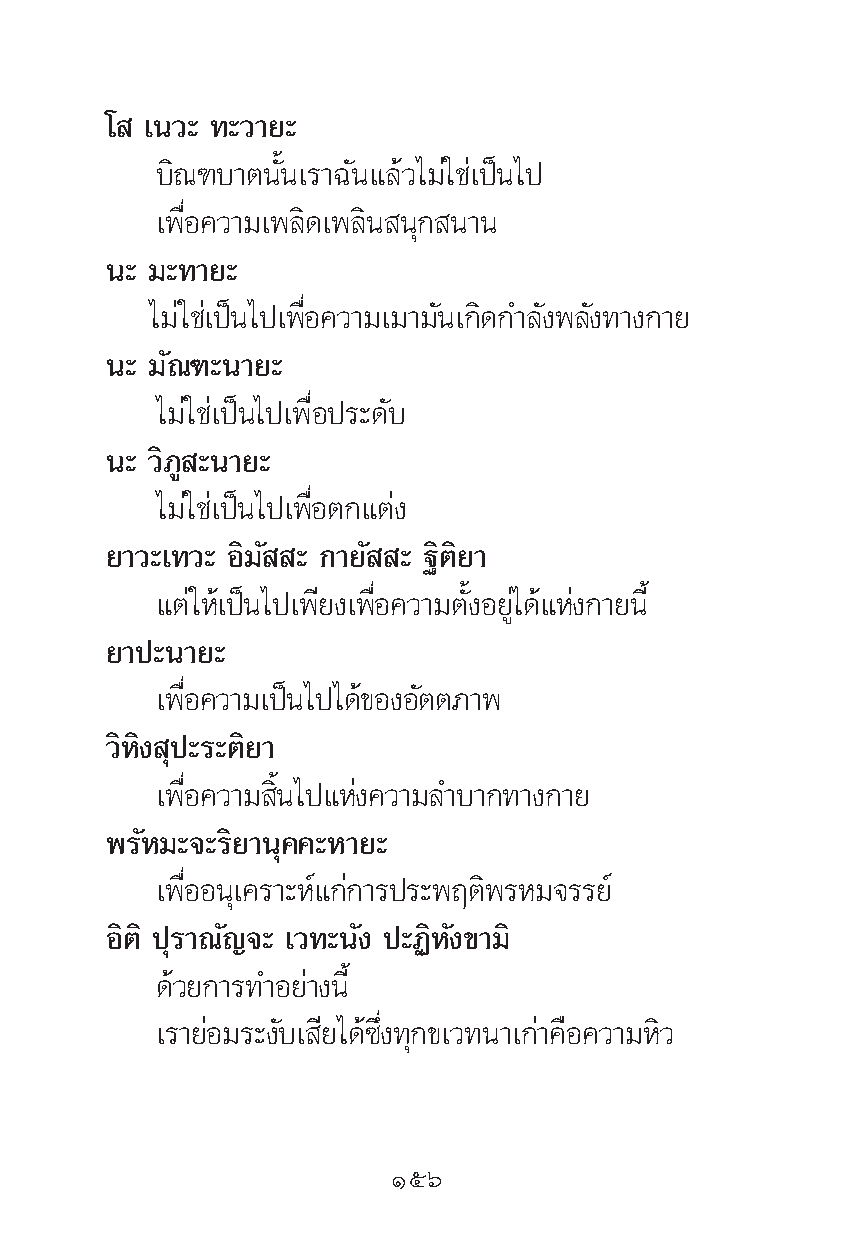
‚  ‡π«– ∑–«“¬–
 ∫‘≥±∫“μπ—Èπ‡√“©—π·≈â«‰¡à„™à‡ªìπ‰ª
 ‡æ◊ËÕ§«“¡‡æ≈‘¥‡æ≈‘π πÿ° π“π
 π– ¡–∑“¬–
 ‰¡à„™à‡ªìπ‰ª‡æ◊ËÕ§«“¡‡¡“¡—π‡°‘¥°”≈—ßæ≈—ß∑“ß°“¬
 π– ¡—≥±–π“¬–
 ‰¡à„™à‡ªìπ‰ª‡æ◊ËÕª√–¥—∫
 π– «‘¿Ÿ –π“¬–
 ‰¡à„™à‡ªìπ‰ª‡æ◊ËÕμ°·μàß
 ¬“«–‡∑«– Õ‘¡— – °“¬— – ∞‘μ‘¬“
 ·μà„Àâ‡ªìπ‰ª‡æ’¬ß‡æ◊ËÕ§«“¡μ—ÈßÕ¬Ÿà‰¥â·Ààß°“¬π’È
 ¬“ª–π“¬–
 ‡æ◊ËÕ§«“¡‡ªìπ‰ª‰¥â¢ÕßÕ—μμ¿“æ
 «‘À‘ß ÿª–√–μ‘¬“
 ‡æ◊ËÕ§«“¡ ‘Èπ‰ª·Ààß§«“¡≈”∫“°∑“ß°“¬
 æ√—À¡–®–√‘¬“πÿ§§–À“¬–
 ‡æ◊ËÕÕπÿ‡§√“–Àå·°à°“√ª√–æƒμ‘æ√À¡®√√¬å
 Õ‘μ‘ ªÿ√“≥—≠®– ‡«∑–π—ß ª–Ø‘À—ß¢“¡‘
 ¥â«¬°“√∑”Õ¬à“ßπ’È
 ‡√“¬àÕ¡√–ß—∫‡ ’¬‰¥â´÷Ëß∑ÿ°¢‡«∑π“‡°à“§◊Õ§«“¡À‘«
 Òıˆ